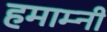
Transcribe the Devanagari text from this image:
हमाम्नी